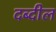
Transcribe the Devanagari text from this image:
दब्दील